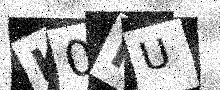
Text: K0IU